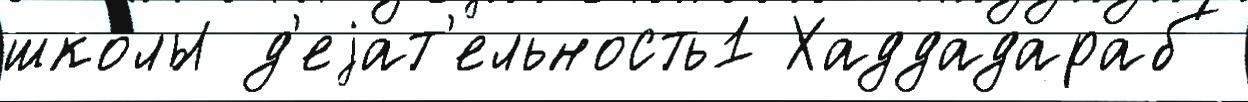
шко́лы д'еjат'ельность1 Хаддадараб